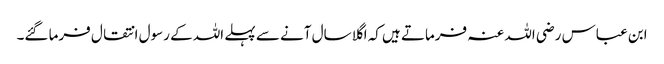
ابن عباس رضی اللہ عنہ فرماتے ہیں کہ اگلا سال آنے سے پہلے اللہ کے رسول انتقال فرما گئے۔